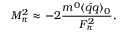
M _ { \pi } ^ { 2 } \approx - 2 \frac { m ^ { 0 } \langle \bar { q } q \rangle _ { 0 } } { F _ { \pi } ^ { 2 } } ,